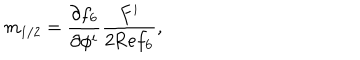
LaTeX: m _ { 1 / 2 } = \frac { \partial f _ { 6 } } { \partial \phi ^ { i } } \frac { F ^ { i } } { 2 \mathrm { R e } f _ { 6 } } ,